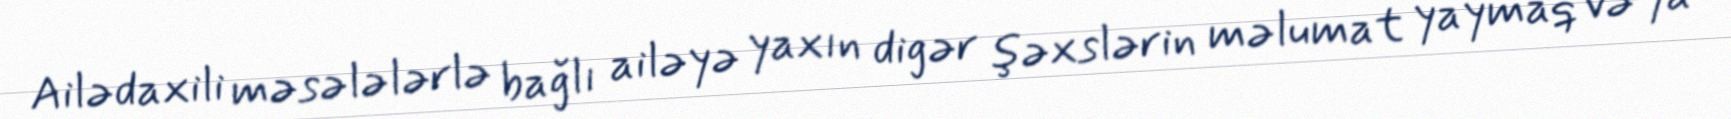
Ailədaxili məsələlərlə bağlı ailəyə yaxın digər şəxslərin məlumat yaymaq və ya